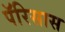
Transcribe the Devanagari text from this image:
पॅरिसास